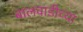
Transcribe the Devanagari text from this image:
बालवाडीच्या